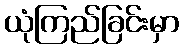
ယုံကြည်ခြင်းမှာ